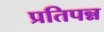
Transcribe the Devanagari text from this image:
प्रतिपन्न